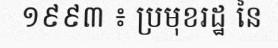
១៩៩៣ ៖ ប្រមុខរដ្ឋ នៃ